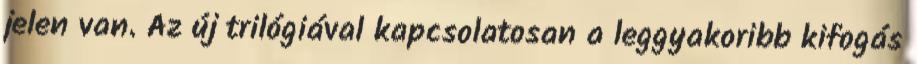
jelen van. Az új trilógiával kapcsolatosan a leggyakoribb kifogás